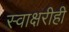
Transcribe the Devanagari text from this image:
स्वाक्षरीही